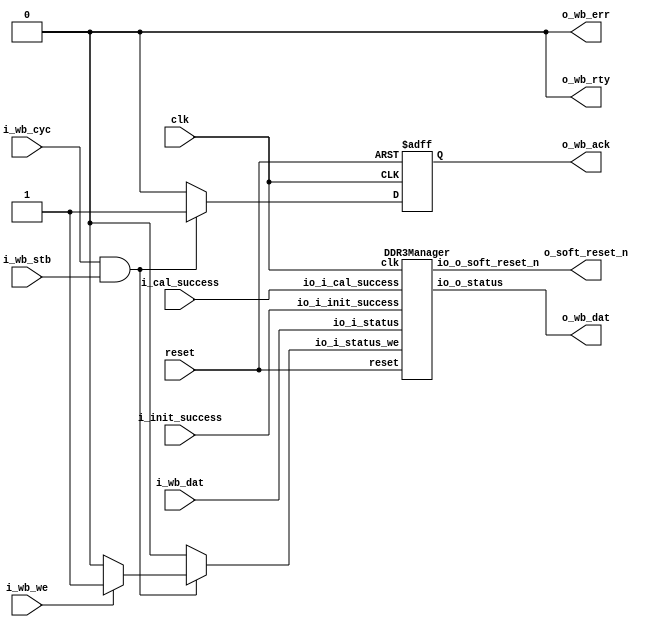
// Generator : SpinalHDL v1.6.0    git head : 73c8d8e2b86b45646e9d0b2e729291f2b65e6be3
// Component : WishboneDDR3Manager
// Git hash  : 16cca3e7ca68666d7965f4b737ddd3d2d443a608



module WishboneDDR3Manager (
  input               i_wb_stb,
  input               i_wb_cyc,
  input               i_wb_we,
  input      [7:0]    i_wb_dat,
  output     [7:0]    o_wb_dat,
  output              o_wb_ack,
  output              o_wb_rty,
  output              o_wb_err,
  input               i_init_success,
  input               i_cal_success,
  output              o_soft_reset_n,
  input               clk,
  input               reset
);
  reg                 manager_io_i_status_we;
  reg        [7:0]    manager_io_i_status;
  wire       [7:0]    manager_io_o_status;
  wire                manager_io_o_soft_reset_n;
  wire                cs;
  reg                 ack;
  wire                when_DDR3Manager_l91;
  wire                when_DDR3Manager_l96;
  wire                when_DDR3Manager_l99;

  DDR3Manager manager (
    .io_i_status_we       (manager_io_i_status_we     ), //i
    .io_i_status          (manager_io_i_status        ), //i
    .io_o_status          (manager_io_o_status        ), //o
    .io_i_init_success    (i_init_success             ), //i
    .io_i_cal_success     (i_cal_success              ), //i
    .io_o_soft_reset_n    (manager_io_o_soft_reset_n  ), //o
    .clk                  (clk                        ), //i
    .reset                (reset                      )  //i
  );
  assign cs = (i_wb_cyc && i_wb_stb);
  assign o_wb_ack = ack;
  always @(*) begin
    manager_io_i_status_we = 1'b0;
    if(when_DDR3Manager_l96) begin
      if(when_DDR3Manager_l99) begin
        manager_io_i_status_we = i_wb_we;
      end
    end
  end

  always @(*) begin
    manager_io_i_status = i_wb_dat;
    if(when_DDR3Manager_l96) begin
      if(when_DDR3Manager_l99) begin
        manager_io_i_status = i_wb_dat;
      end
    end
  end

  assign o_soft_reset_n = manager_io_o_soft_reset_n;
  assign o_wb_dat = manager_io_o_status;
  assign o_wb_rty = 1'b0;
  assign o_wb_err = 1'b0;
  assign when_DDR3Manager_l91 = (ack == 1'b1);
  assign when_DDR3Manager_l96 = (cs == 1'b1);
  assign when_DDR3Manager_l99 = (i_wb_we == 1'b1);
  always @(posedge clk or posedge reset) begin
    if(reset) begin
      ack <= 1'b0;
    end else begin
      if(when_DDR3Manager_l91) begin
        ack <= 1'b0;
      end
      if(when_DDR3Manager_l96) begin
        ack <= 1'b1;
      end
    end
  end


endmodule

module DDR3Manager (
  input               io_i_status_we,
  input      [7:0]    io_i_status,
  output     [7:0]    io_o_status,
  input               io_i_init_success,
  input               io_i_cal_success,
  output              io_o_soft_reset_n,
  input               clk,
  input               reset
);
  reg        [7:0]    status;

  assign io_o_status = status;
  assign io_o_soft_reset_n = status[2];
  always @(posedge clk or posedge reset) begin
    if(reset) begin
      status <= 8'h0;
    end else begin
      status[0] <= io_i_init_success;
      status[1] <= io_i_cal_success;
      if(io_i_status_we) begin
        status[7 : 3] <= 5'h0;
        status[2] <= io_i_status[2];
      end
    end
  end


endmodule